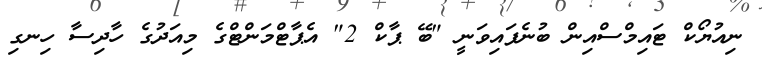
ނިއުޔޯކް ޓައިމްސްއިން ބުނެފައިވަނީ "ބޭ ޕާކް 2" އެޕާޓްމަންޓްގެ މިއަދުގެ ހާދިސާ ހިނގި